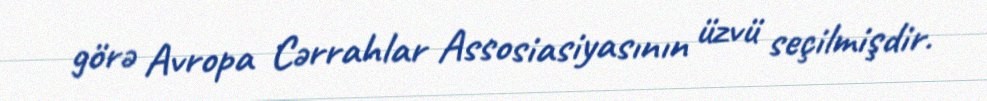
görə Avropa Cərrahlar Assosiasiyasının üzvü seçilmişdir.